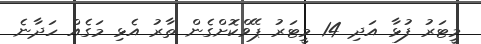
މީޓަރު ފުޅާ އަދި 14 މީޓަރު ޕޭވްކޮށްގެން ތާރު އެޅި މަގެއް ހަދާނެ